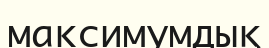
максимумдық